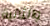
والثانية